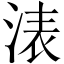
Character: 𣷴